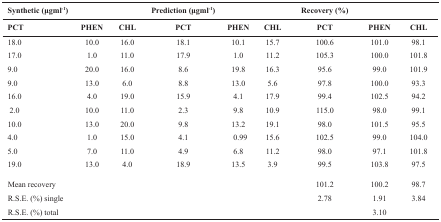
<table><thead><tr><td><b>Synthetic (μgml-1)</b></td><td colspan="4"><b>Prediction (μgml-1)</b></td><td colspan="4"><b>Recovery (%)</b></td></tr><tr><td><b>PCT</b></td><td><b>PHEN</b></td><td><b>CHL</b></td><td><b>PCT</b></td><td><b>PHEN</b></td><td><b>CHL</b></td><td><b>PCT</b></td><td><b>PHEN</b></td><td><b>CHL</b></td></tr></thead><tbody><tr><td>18.0</td><td>10.0</td><td>16.0</td><td>18.1</td><td>10.1</td><td>15.7</td><td>100.6</td><td>101.0</td><td>98.1</td></tr><tr><td>17.0</td><td>1.0</td><td>11.0</td><td>17.9</td><td>1.0</td><td>11.2</td><td>105.3</td><td>100.0</td><td>101.8</td></tr><tr><td>9.0</td><td>20.0</td><td>16.0</td><td>8.6</td><td>19.8</td><td>16.3</td><td>95.6</td><td>99.0</td><td>101.9</td></tr><tr><td>9.0</td><td>13.0</td><td>6.0</td><td>8.8</td><td>13.0</td><td>5.6</td><td>97.8</td><td>100.0</td><td>93.3</td></tr><tr><td>16.0</td><td>4.0</td><td>19.0</td><td>15.9</td><td>4.1</td><td>17.9</td><td>99.4</td><td>102.5</td><td>94.2</td></tr><tr><td>2.0</td><td>10.0</td><td>11.0</td><td>2.3</td><td>9.8</td><td>10.9</td><td>115.0</td><td>98.0</td><td>99.1</td></tr><tr><td>10.0</td><td>13.0</td><td>20.0</td><td>9.8</td><td>13.2</td><td>19.1</td><td>98.0</td><td>101.5</td><td>95.5</td></tr><tr><td>4.0</td><td>1.0</td><td>15.0</td><td>4.1</td><td>0.99</td><td>15.6</td><td>102.5</td><td>99.0</td><td>104.0</td></tr><tr><td>5.0</td><td>7.0</td><td>11.0</td><td>4.9</td><td>6.8</td><td>11.2</td><td>98.0</td><td>97.1</td><td>101.8</td></tr><tr><td>19.0</td><td>13.0</td><td>4.0</td><td>18.9</td><td>13.5</td><td>3.9</td><td>99.5</td><td>103.8</td><td>97.5</td></tr><tr><td>Mean recovery</td><td></td><td></td><td></td><td></td><td></td><td>101.2</td><td>100.2</td><td>98.7</td></tr><tr><td>R.S.E. (%) single</td><td></td><td></td><td></td><td></td><td></td><td>2.78</td><td>1.91</td><td>3.84</td></tr><tr><td>R.S.E. (%) total</td><td></td><td></td><td></td><td></td><td></td><td></td><td>3.10</td><td></td></tr></tbody></table>